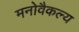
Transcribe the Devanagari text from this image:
मनोवैकल्य